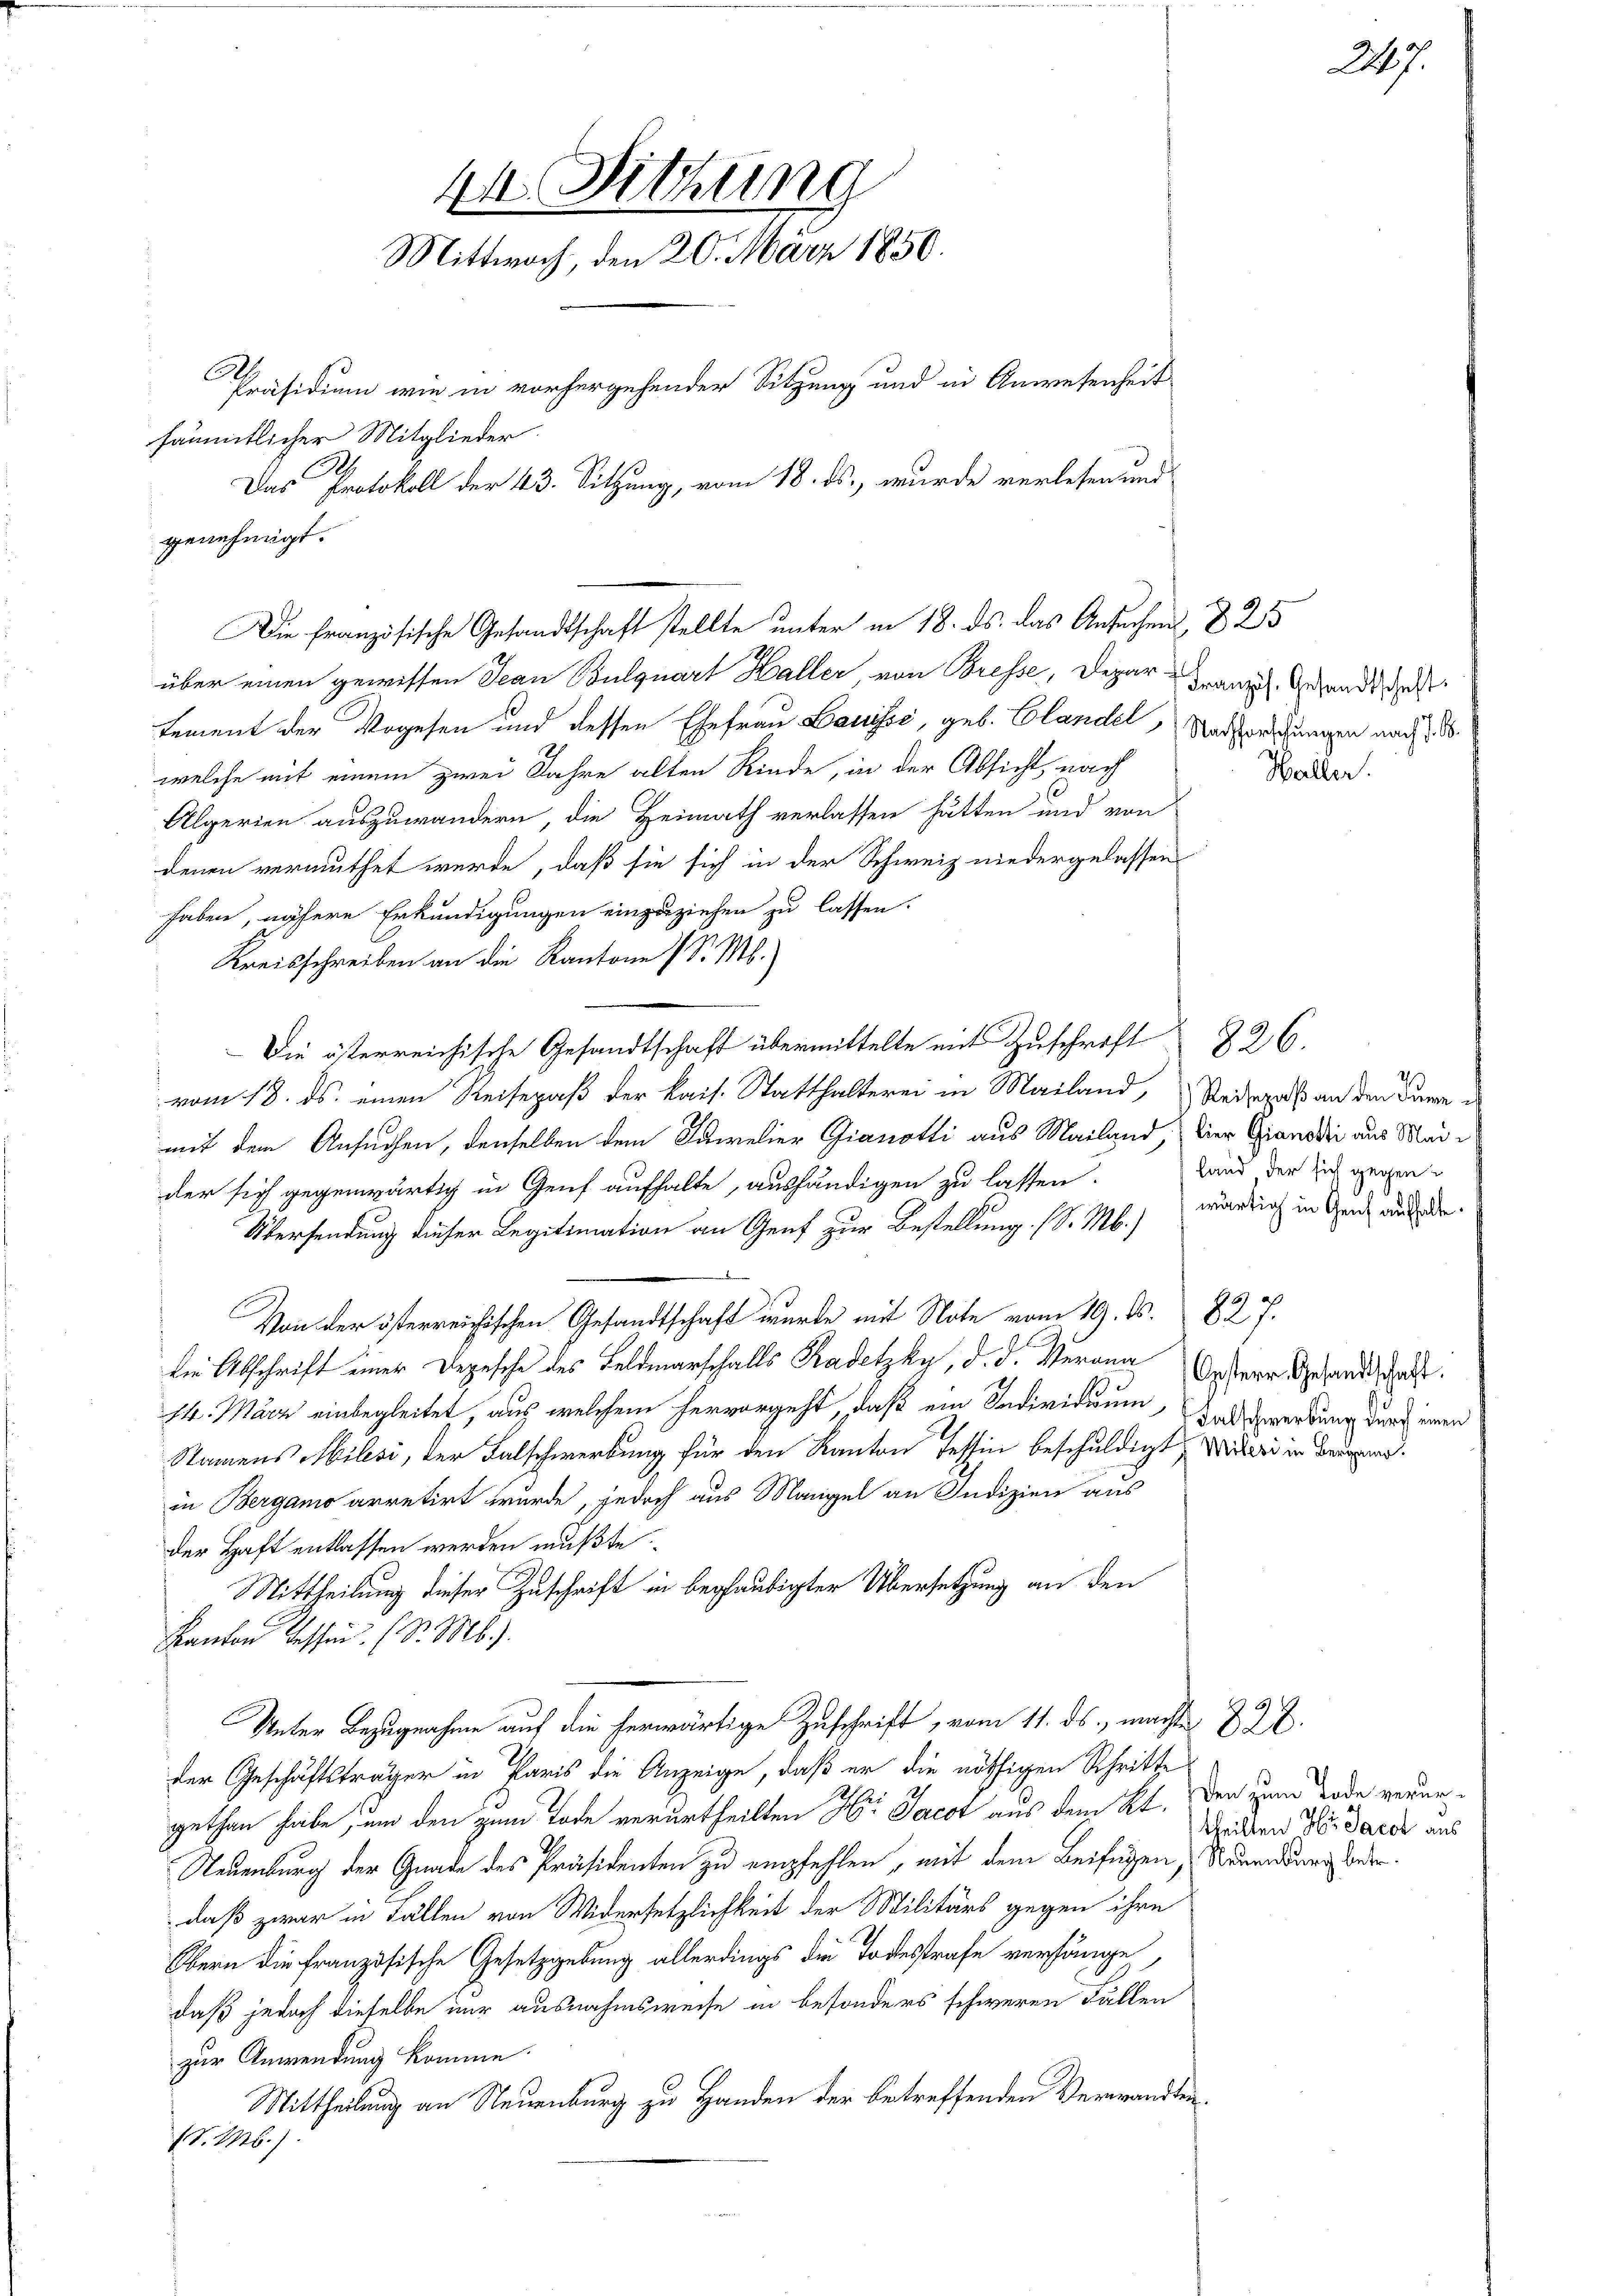
Con
genehmigt.

44 Sitzung
Mittwoch, den 20. März 1850.
Präsidium wie in vorhergehender Sitzung und in Anwesenheit
sämmtlicher Mitglieder.
Das Protokoll der 43. Sitzung, vom 18. ds., wurde verlesen und

über einen gewissen Jean Boulquart Haller von Bresse, Depar-
tement der Vorgesen und dessen Ehefrau Lauisse, geb. Elandel, Radhorschungen nach z. B.
welche mit einem zwei Jahre alten Kinde, in der Absicht, nach
Algerien auszuwandern, die Heimath verlassen hätten und von
denen vermuthet werde, daß sie sich in der Schweiz niedergelassen
haben, nähere Erkundigungen einzuziehen zu lassen.
Kreisschreiben an die Kantone I S. M.)
Die österreichische Gesandtschaft übermittelte mit Zuschrift 826.
vom 18. ds. einen Reisepaß der kais. Statthalterei in Mailand,
mit dem Ansuchen, denselben dem Sawelier Gianotti aus Mailand, der Grandi aus Maider sich gegenwärtig in Genf aufhalte, aushändigen zu lassen.
Übersendung dieser Legitimation an Genf zur Bestellung. (S. M.)
Von der österreichischen Gesandtschaft wurde mit Note vom 19. ds. 827.
Die Abschrift einer Depesche des Feldmarschalls Kadetzky, d. d. Merona
14. März einbegleitet, aus welchem hervorgeht, daß ein Individuum
Namens Milesi, der Falschwerbung für den Kanton Tessin beschuldigt, Willer in Brunin Bergamo arretirt wurde, jedoch aus Mangel an Indizien aus
der Haft entlassen werden mußte.
Mittheilung dieser Zuschrift in beglaubigter Übersetzung an den
Kanton Tessen. (Dr. Mb.).
Unter Bezugnahme auf die herwärtige Zuschrift, vom 11. ds. machte 822.
der Geschäftsträger in Paris die Anzeige, daß er die nöthigen Schritte
gethan habe, um den zum Tode verurtheilten Hr. Jacot aus dem Kt. den zum Tode verur¬
Neuenburg der Gnade des Präsidenten zu empfehlen, mit dem Beifügen,
daß zwar in Fällen von Widersetzlichkeit der Militärs gegen ihre
Obern die französische Gesetzgebung allerdings die Todesstrafe verhänge,
daß jedoch dieselbe nur ausnahmsweise in besonders schweren Fällen
zur Anwendung komme.
Mittheilung an Neuenburg zu Handen der betreffenden Verwandten¬
S. M.).

Die Französische Gesandtschaft stellte unter in 18. ds. das Ansuchen

825
Französ. Gesandtschaft.
Haller.

Reisepaß an den Sume is
land der sich gegen
wärtig in Genf aufhalte.

27.

Oesterr. Gesandtschaft.
Falschwerbung durch einen

theilten Hr. Jacot aus
Neuenburg betr.